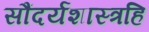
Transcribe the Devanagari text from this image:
सौंदर्यशास्त्रहि